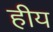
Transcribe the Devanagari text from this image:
हीय